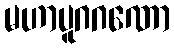
မဟာပူဂဂဏော